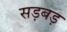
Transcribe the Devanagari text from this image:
सड़बड़